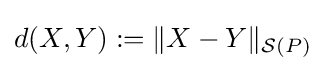
d(X,Y):=\|X-Y\|_{{\mathcal {S}}(P)}